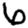
Digit: 6